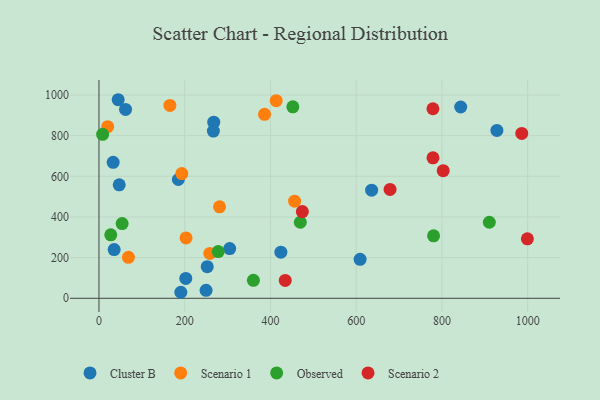
{"axis": {"x": "Speed", "y": "Salary"}, "legend": ["Cluster B", "Observed", "Scenario 1", "Scenario 2"], "data": [{"x": "44.8", "y": 976.8, "type": "Cluster B"}, {"x": "252.5", "y": 155.5, "type": "Cluster B"}, {"x": "62.0", "y": 929.2, "type": "Cluster B"}, {"x": "636.0", "y": 531.8, "type": "Cluster B"}, {"x": "843.8", "y": 941.1, "type": "Cluster B"}, {"x": "190.9", "y": 29.6, "type": "Cluster B"}, {"x": "928.2", "y": 825.9, "type": "Cluster B"}, {"x": "267.7", "y": 866.5, "type": "Cluster B"}, {"x": "266.9", "y": 822.7, "type": "Cluster B"}, {"x": "35.4", "y": 239.8, "type": "Cluster B"}, {"x": "609.1", "y": 191.6, "type": "Cluster B"}, {"x": "249.8", "y": 39.1, "type": "Cluster B"}, {"x": "424.3", "y": 226.7, "type": "Cluster B"}, {"x": "47.2", "y": 558.4, "type": "Cluster B"}, {"x": "304.9", "y": 244.4, "type": "Cluster B"}, {"x": "202.5", "y": 97.7, "type": "Cluster B"}, {"x": "185.1", "y": 584.4, "type": "Cluster B"}, {"x": "33.1", "y": 668.8, "type": "Cluster B"}, {"x": "281.3", "y": 450.0, "type": "Scenario 1"}, {"x": "203.1", "y": 296.8, "type": "Scenario 1"}, {"x": "165.4", "y": 948.9, "type": "Scenario 1"}, {"x": "258.5", "y": 220.5, "type": "Scenario 1"}, {"x": "68.7", "y": 201.7, "type": "Scenario 1"}, {"x": "386.2", "y": 905.0, "type": "Scenario 1"}, {"x": "413.4", "y": 971.9, "type": "Scenario 1"}, {"x": "20.3", "y": 844.2, "type": "Scenario 1"}, {"x": "456.3", "y": 477.7, "type": "Scenario 1"}, {"x": "193.2", "y": 613.3, "type": "Scenario 1"}, {"x": "360.2", "y": 88.5, "type": "Observed"}, {"x": "780.5", "y": 307.4, "type": "Observed"}, {"x": "910.5", "y": 374.1, "type": "Observed"}, {"x": "27.5", "y": 312.0, "type": "Observed"}, {"x": "278.1", "y": 229.6, "type": "Observed"}, {"x": "54.0", "y": 367.5, "type": "Observed"}, {"x": "8.5", "y": 806.7, "type": "Observed"}, {"x": "452.2", "y": 941.9, "type": "Observed"}, {"x": "469.6", "y": 374.1, "type": "Observed"}, {"x": "779.1", "y": 691.0, "type": "Scenario 2"}, {"x": "999.3", "y": 292.7, "type": "Scenario 2"}, {"x": "986.2", "y": 811.2, "type": "Scenario 2"}, {"x": "803.0", "y": 628.0, "type": "Scenario 2"}, {"x": "679.0", "y": 535.6, "type": "Scenario 2"}, {"x": "779.0", "y": 932.4, "type": "Scenario 2"}, {"x": "474.4", "y": 426.7, "type": "Scenario 2"}, {"x": "434.5", "y": 88.0, "type": "Scenario 2"}]}